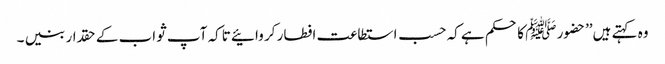
وہ کہتے ہیں’’حضور ﷺ کا حکم ہے کہ حسب استطاعت افطار کر وائیے تاکہ آپ ثواب کے حقدار بنیں ۔